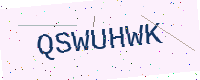
Text: QSWUHWK